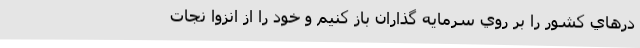
درهاي كشور را بر روي سرمايه گذاران باز كنيم و خود را از انزوا نجات